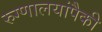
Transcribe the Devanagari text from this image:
रुग्णालयांपैकी